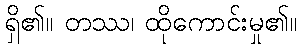
ရှိ၏။ တဿ၊ ထိုကောင်းမှု၏။